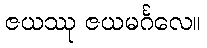
ဇယဿု ဇယမင်္ဂလေ။